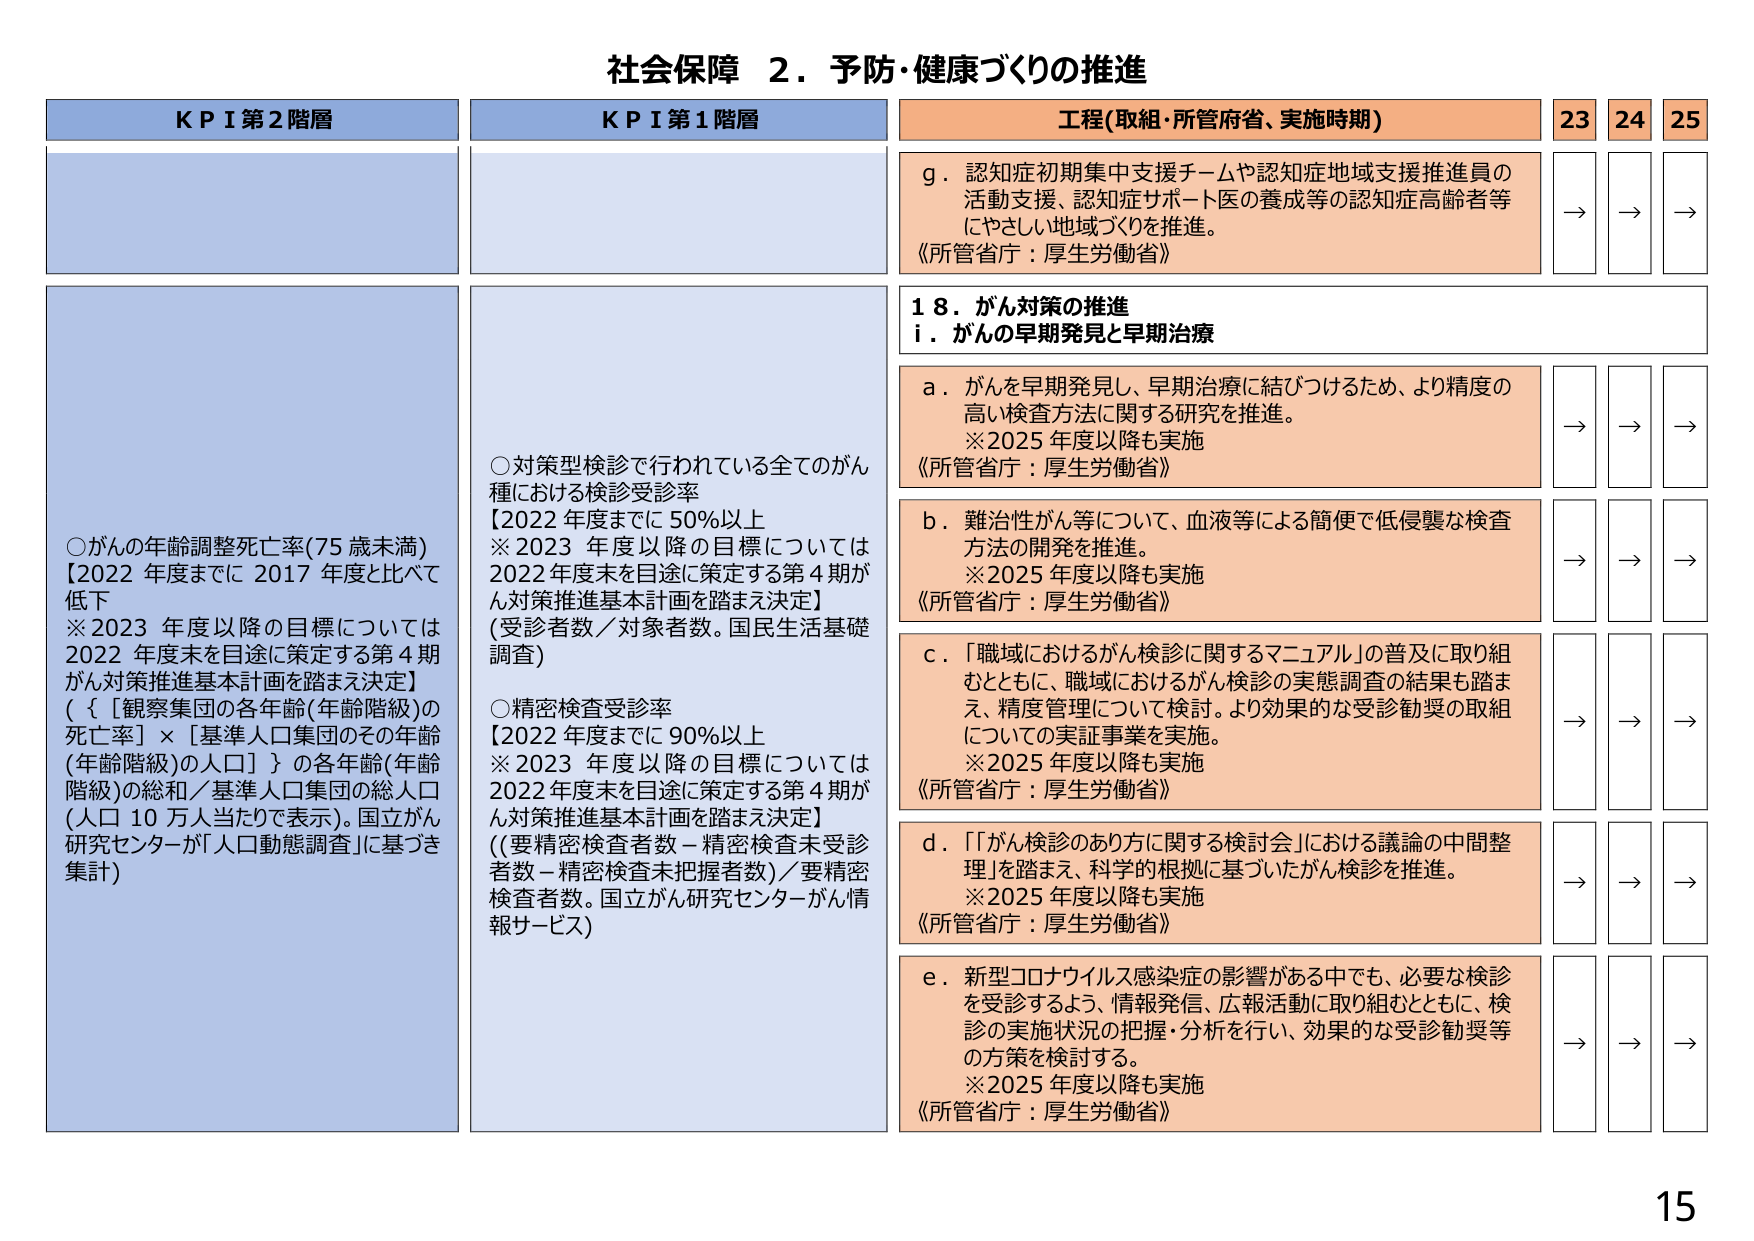
社会保障 ２．予防・健康づくりの推進

KPI第2階層
○がんの年齢調整死亡率(75歳未満)
【2022年度までに2017年度と比べて低下
※2023年度以降の目標については2022年度末を目途に策定する第4期がん対策推進基本計画を踏まえ決定】
（｛【観察集団の各年齢(年齢階級)の死亡率】×【基準人口集団のその年齢(年齢階級)の人口】｝の各年齢(年齢階級)の総和／基準人口集団の総人口（人口10万人当たりで表示）。国立がん研究センターが「人口動態調査」に基づき集計）

KPI第1階層
○対策型検診で行われている全てのがん種における検診受診率
【2022年度までに50%以上
※2023年度以降の目標については2022年度末を目途に策定する第4期がん対策推進基本計画を踏まえ決定】
(受診者数／対象者数。国民生活基礎調査)
○精密検査受診率
【2022年度までに90%以上
※2023年度以降の目標については2022年度末を目途に策定する第4期がん対策推進基本計画を踏まえ決定】
((要精密検査者数－精密検査未受診者数－精密検査未把握者数)／要精密検査者数。国立がん研究センターがん情報サービス)

工程(取組・所管府省、実施時期)
23 24 25
g．認知症初期集中支援チームや認知症地域支援推進員の活動支援、認知症サポート医の養成等の認知症高齢者等にやさしい地域づくりを推進。
《所管省庁：厚生労働省》
→ → →
18．がん対策の推進
i．がんの早期発見と早期治療
a．がんを早期発見し、早期治療に結びつけるため、より精度の高い検査方法に関する研究を推進。
※2025年度以降も実施
《所管省庁：厚生労働省》
→ → →
b．難治性がん等について、血液等による簡便で低侵襲な検査方法の開発を推進。
※2025年度以降も実施
《所管省庁：厚生労働省》
→ → →
c．「職域におけるがん検診に関するマニュアル」の普及に取り組むとともに、職域におけるがん検診の実態調査の結果も踏まえ、精度管理について検討。より効果的な受診勧奨の取組についての実証事業を実施。
※2025年度以降も実施
《所管省庁：厚生労働省》
→ → →
d．「『がん検診のあり方に関する検討会』における議論の中間整理」を踏まえ、科学的根拠に基づいたがん検診を推進。
※2025年度以降も実施
《所管省庁：厚生労働省》
→ → →
e．新型コロナウイルス感染症の影響がある中でも、必要な検診を受診するよう、情報発信、広報活動に取り組むとともに、検診の実施状況の把握・分析を行い、効果的な受診勧奨等の方策を検討する。
※2025年度以降も実施
《所管省庁：厚生労働省》
→ → →

15